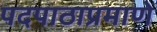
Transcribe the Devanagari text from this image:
पदपाठाप्रमाणें